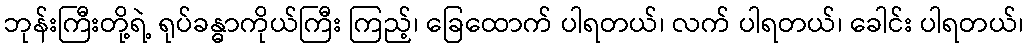
ဘုန်းကြီးတို့ရဲ့ ရုပ်ခန္ဓာကိုယ်ကြီး ကြည့်၊ ခြေထောက် ပါရတယ်၊ လက် ပါရတယ်၊ ခေါင်း ပါရတယ်၊